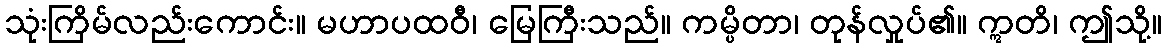
သုံးကြိမ်လည်းကောင်း။ မဟာပထဝီ၊ မြေကြီးသည်။ ကမ္ပိတာ၊ တုန်လှုပ်၏။ ဣတိ၊ ဤသို့။